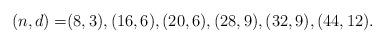
LaTeX: \begin{align*}(n,d) =& (8,3), (16,6), (20,6), (28,9), (32,9), (44,12).\end{align*}